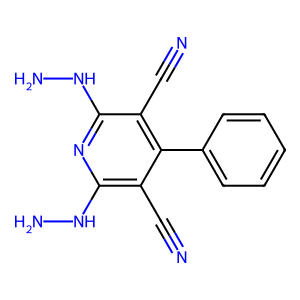
SMILES: N#Cc1c(NN)nc(NN)c(C#N)c1-c1ccccc1
Inhibits HIV replication: No